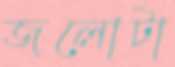
জলোটা